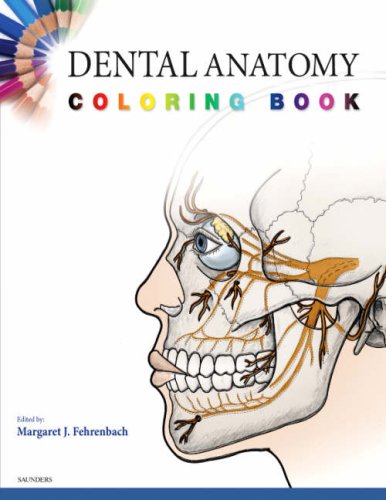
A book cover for Dental Anatomy Coloring Book, 1e; SAUNDERS; Medical Books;